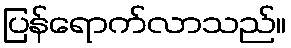
ပြန်ရောက်လာသည်။